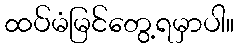
ထပ်မံမြင်တွေ့ရမှာပါ။